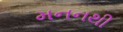
મનનથી